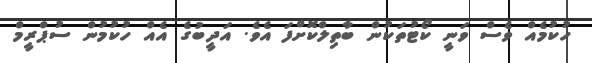
ހުކުމެއް ވެސް ވަނީ ކޯޓުތަކުން ބާތިލްކޮށްފަ އެވެ. އަދީބުގެ އެއް ހުކުމުން ސުޕްރީމް